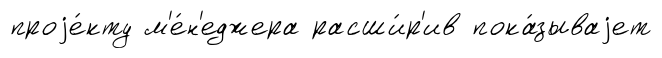
проjе́кту м'е́н'еджера расши́р'ив пока́зываjет